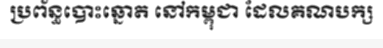
ប្រព័ន្ធបោះឆ្នោត នៅកម្ពុជា ដែលគណបក្ស